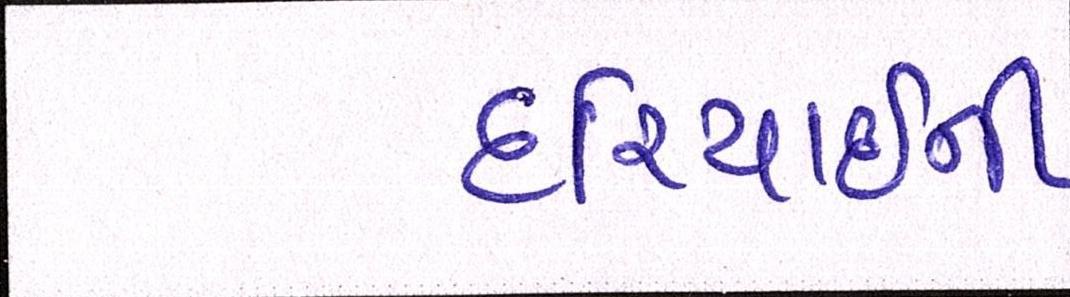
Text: દરિયાઈની